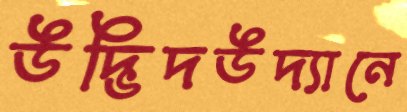
উদ্ভিদউদ্যানে